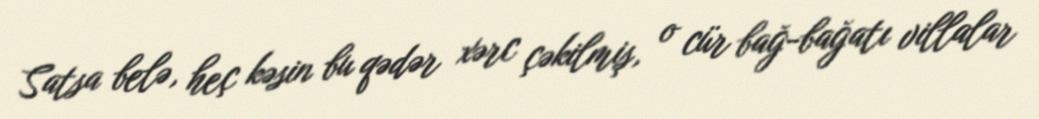
Satsa belə, heç kəsin bu qədər xərc çəkilmiş, o cür bağ-bağatı villalar